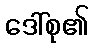
ဒေါ်စု၏